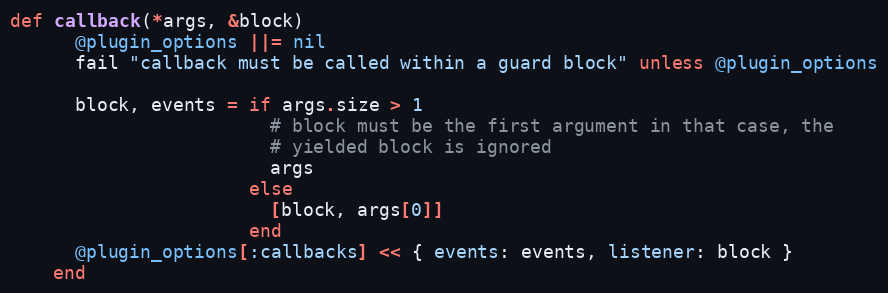
Language: Ruby
def callback(*args, &block)
      @plugin_options ||= nil
      fail "callback must be called within a guard block" unless @plugin_options

      block, events = if args.size > 1
                        # block must be the first argument in that case, the
                        # yielded block is ignored
                        args
                      else
                        [block, args[0]]
                      end
      @plugin_options[:callbacks] << { events: events, listener: block }
    end